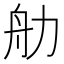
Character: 𬜑